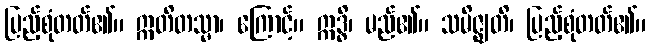
ပြည့်စုံတတ်၏။ ဣတိတသ္မာ၊ ကြောင့်။ ဣဒ္ဓိ၊ မည်၏။ သမိဇ္ဈတိ၊ ပြည့်စုံတတ်၏။